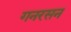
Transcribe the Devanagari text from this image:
गनरसन